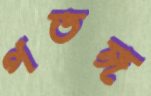
পতঙ্গ